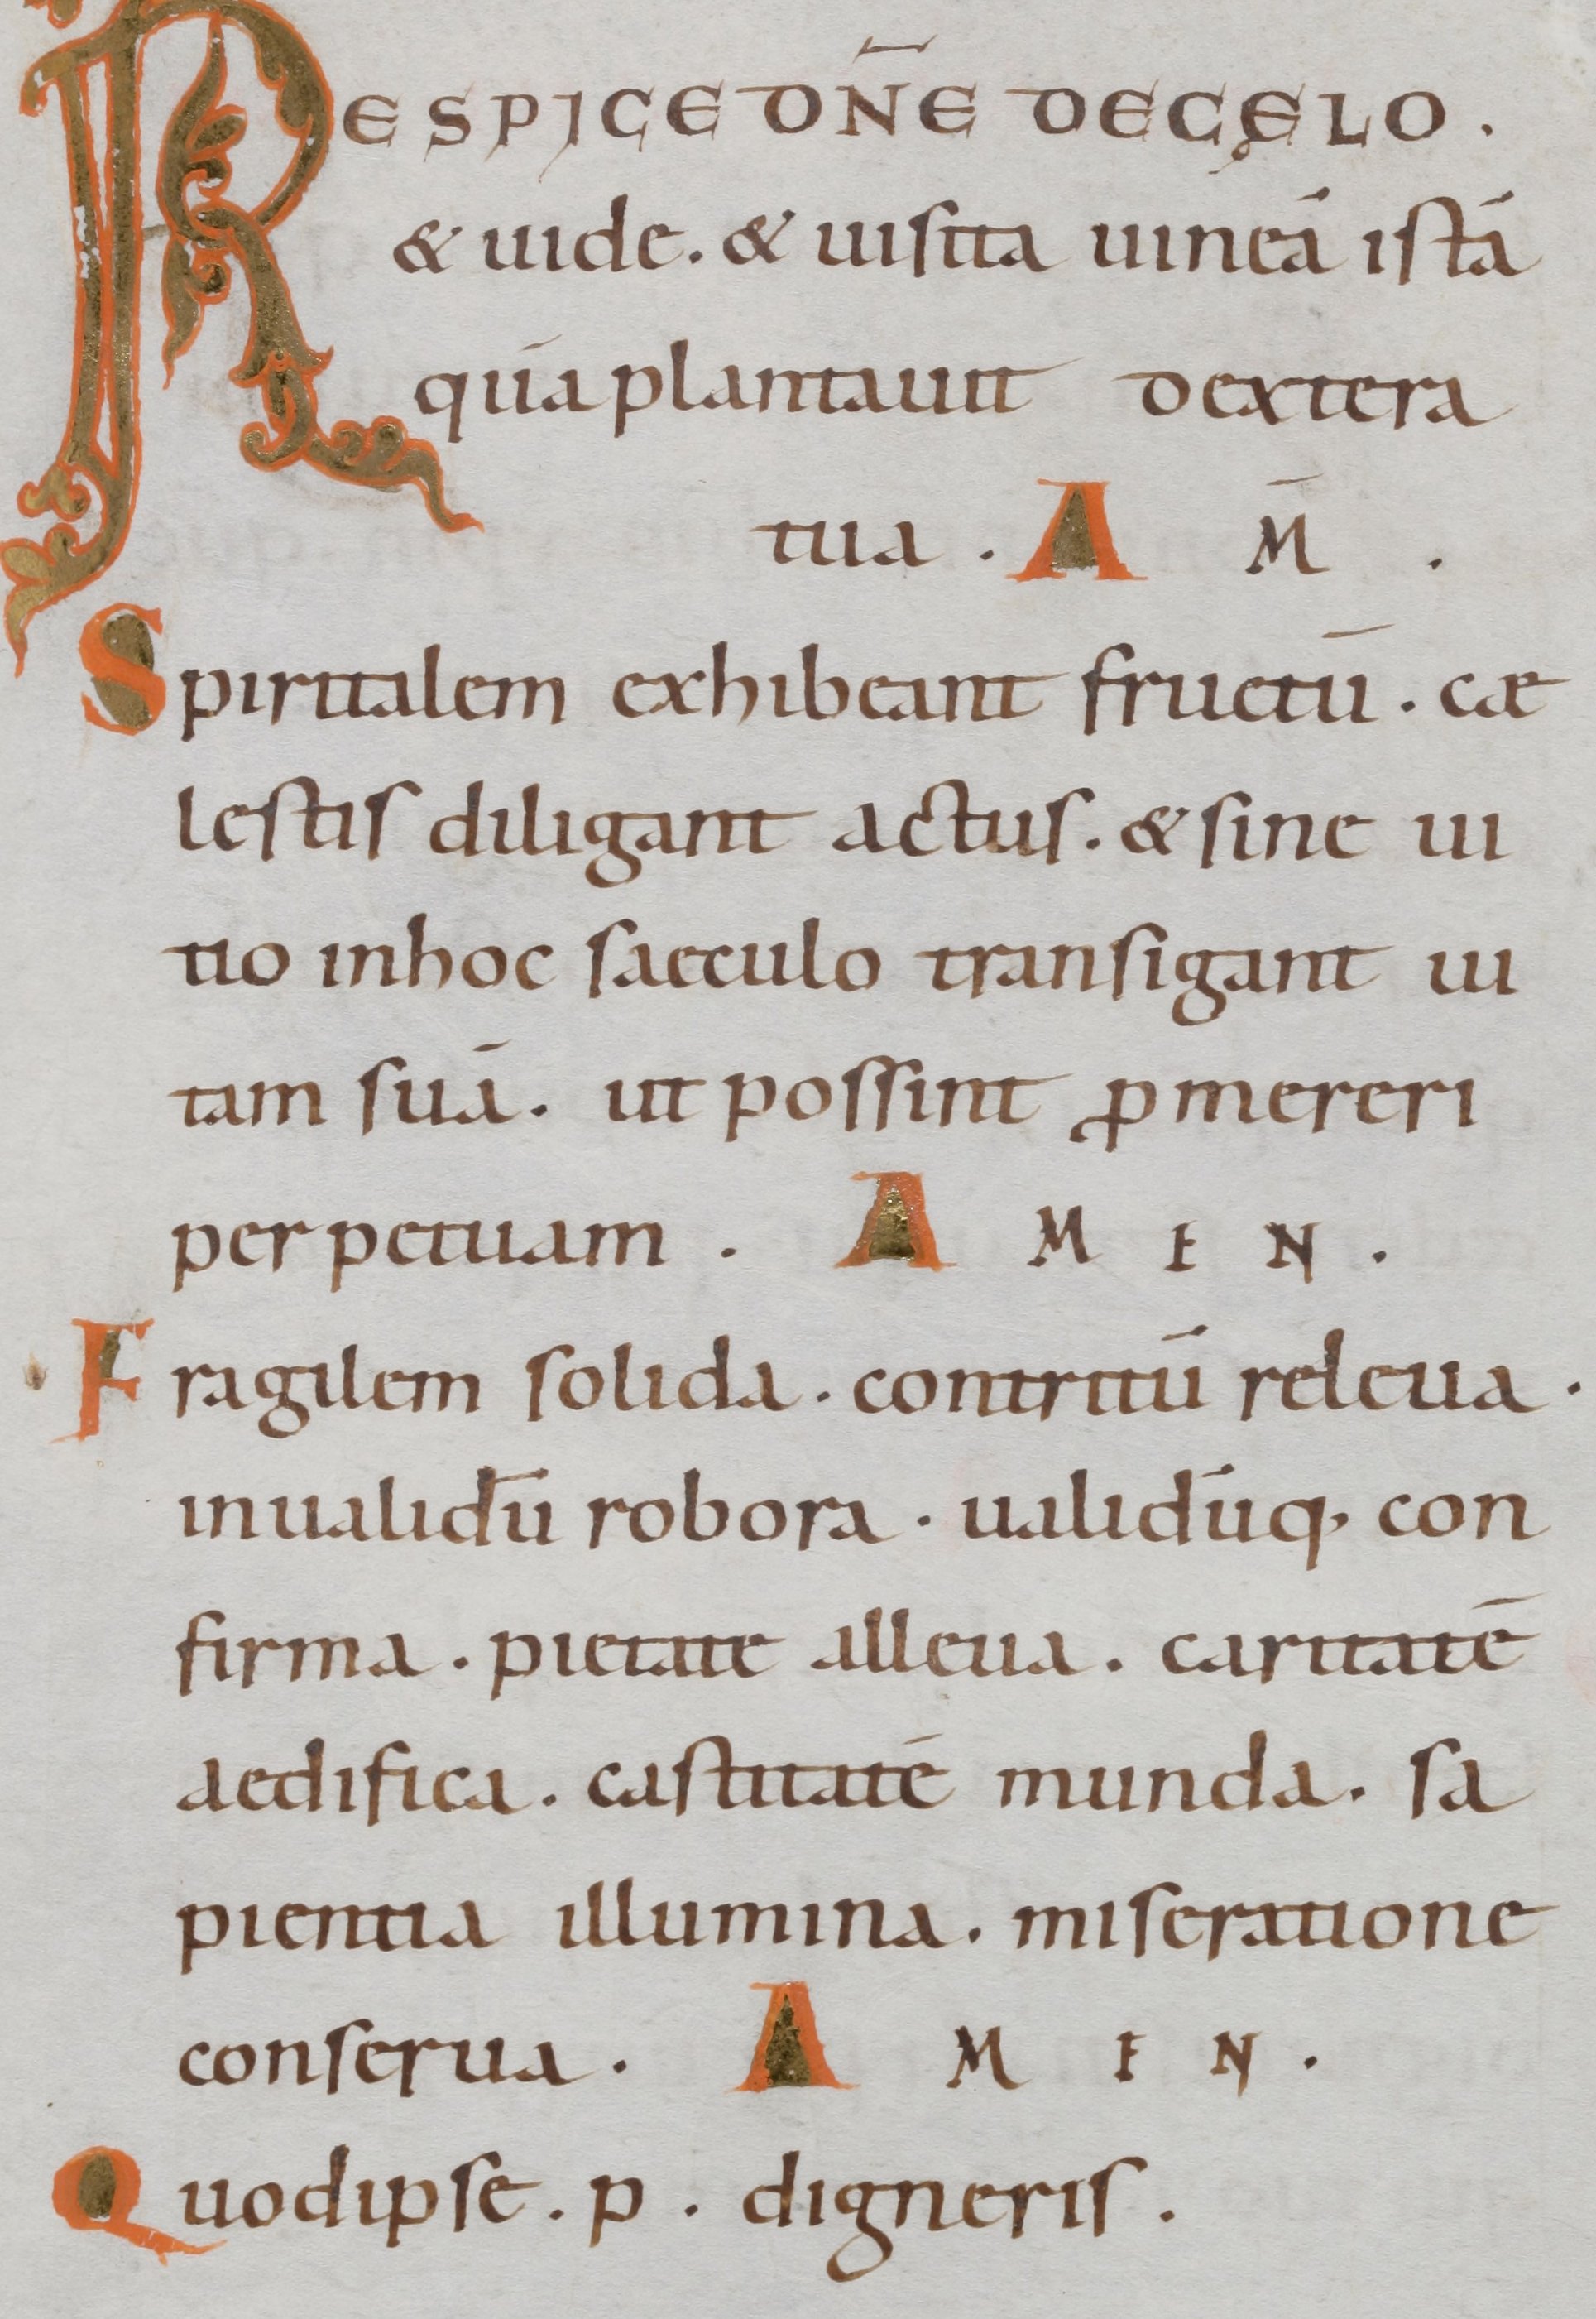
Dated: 1000–1099